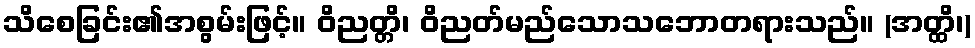
သိစေခြင်း၏အစွမ်းဖြင့်။ ဝိညတ္တိ၊ ဝိညတ်မည်သောသဘောတရားသည်။ (အတ္ထိ၊)